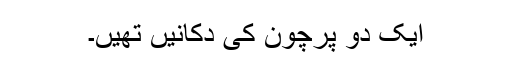
ایک دو پرچون کی دکانیں تھیں۔